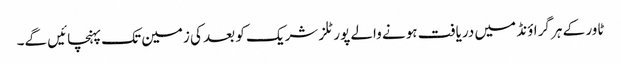
ٹاور کے ہر گراؤنڈ میں دریافت ہونے والے پورٹلز شریک کو بعد کی زمین تک پہنچائیں گے۔